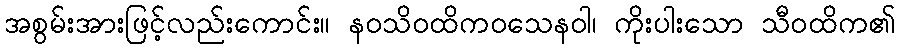
အစွမ်းအားဖြင့်လည်းကောင်း။ နဝသိဝထိကဝသေနဝါ၊ ကိုးပါးသော သီဝထိက၏